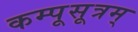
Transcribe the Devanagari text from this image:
कम्पूसूत्रम्